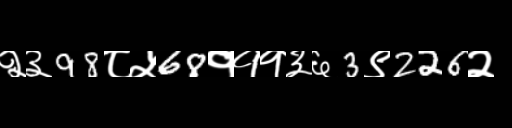
Text: २३98८५68१११३६3९226२